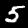
Digit: 5